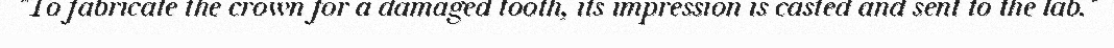
"To fabricate the crown for a damaged tooth, its impression is casted and sent to the lab."